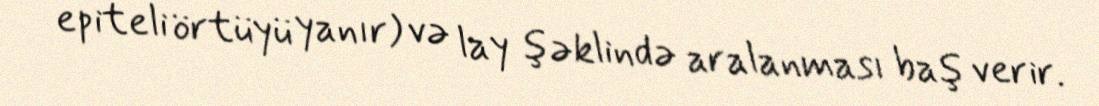
epiteli örtüyü yanır) və lay şəklində aralanması baş verir.